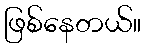
ဖြစ်နေတယ်။